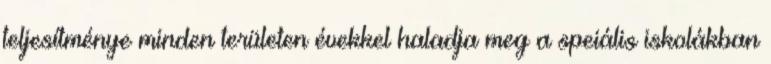
teljesítménye minden területen évekkel haladja meg a speiális iskolákban